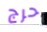
حرج